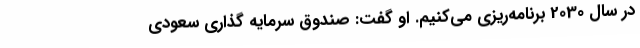
در سال 2030 برنامه‌ریزی می‌کنیم. او گفت: صندوق سرمایه گذاری سعودی